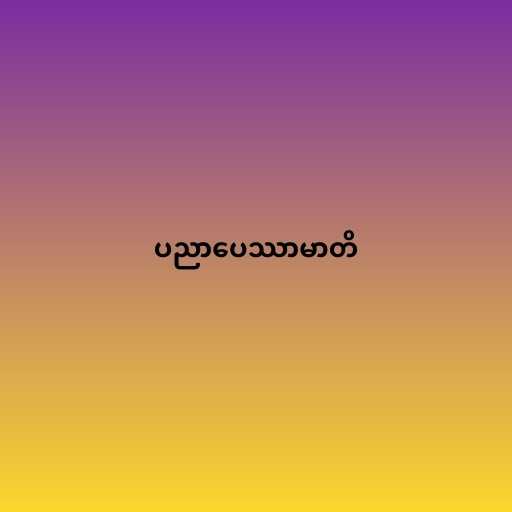
ပညာပေဿာမာတိ